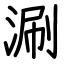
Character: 涮